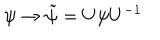
\psi \rightarrow \tilde { \psi } = U \psi U ^ { - 1 }